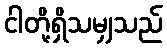
ငါတို့ရှိသမျှသည်